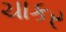
ચાકર